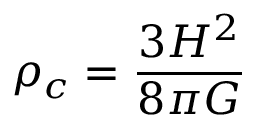
\rho _ { c } = { \frac { 3 H ^ { 2 } } { 8 { \pi } G } }